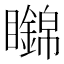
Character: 𥌹